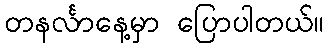
တနင်္လာနေ့မှာ ပြောပါတယ်။